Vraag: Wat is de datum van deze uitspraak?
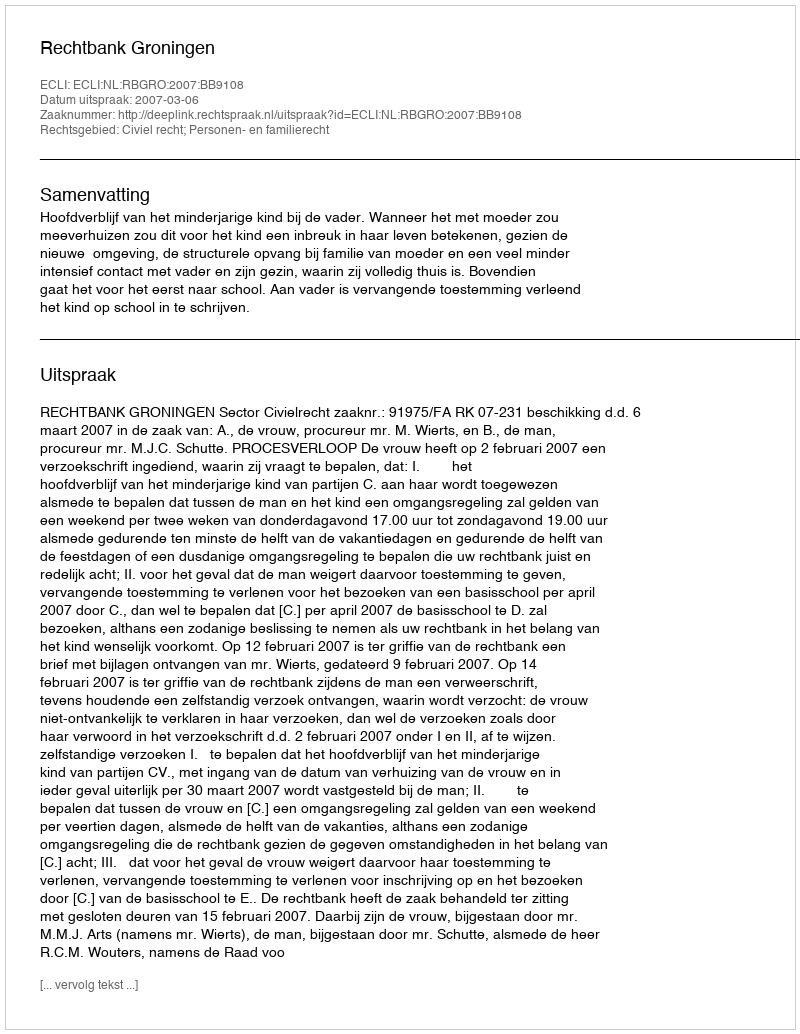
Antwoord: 2007-03-06